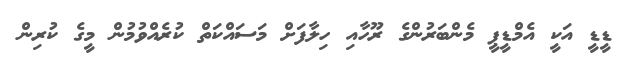
ޑީޑީ އަކީ އެމްޑީޕީ މެންބަރުންގެ ރޫހާއި ހިލާފަށް މަސައްކަތް ކުރެއްވުމުން މީގެ ކުރިން